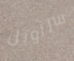
سراويل